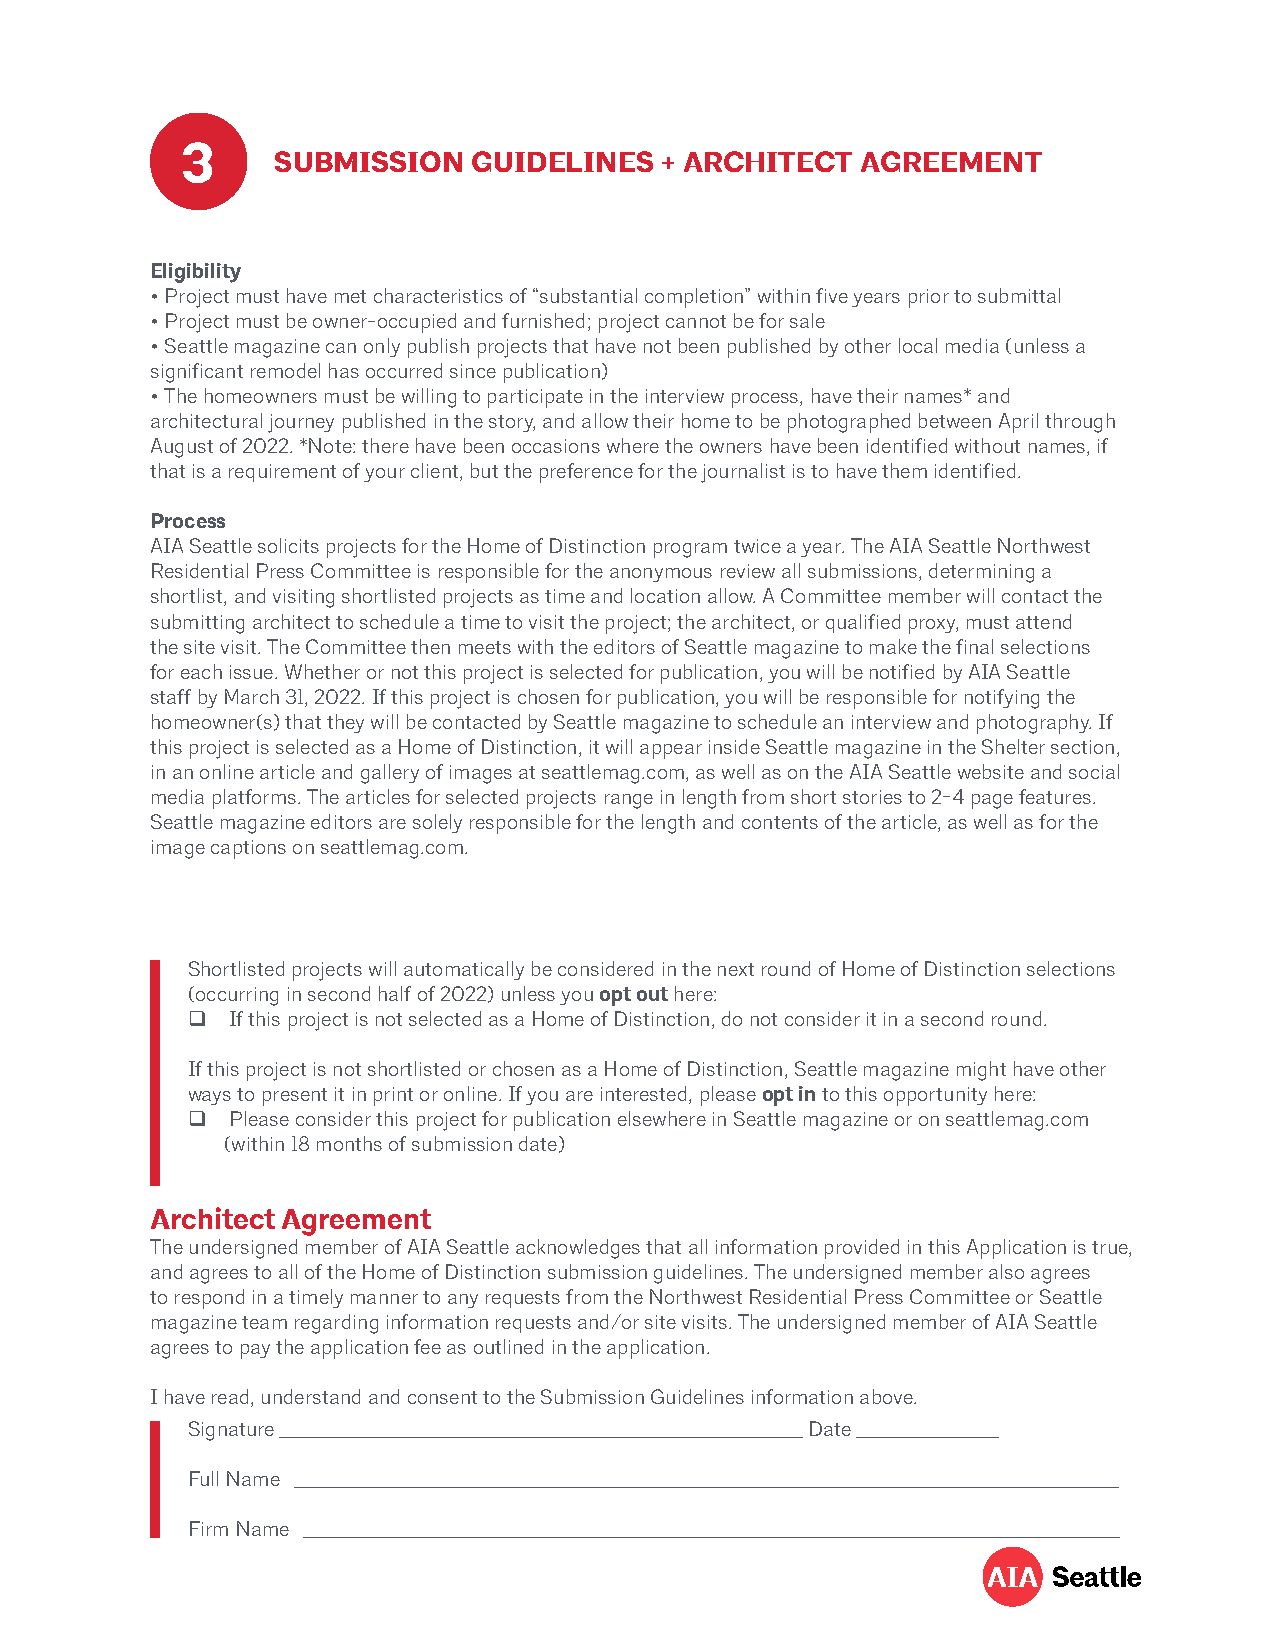
3
 SUBMISSION   GUIDELINES   + ARCHITECT  AGREEMENT
 Eligibility
 • Project must have met characteristics of “substantial completion” within five years prior to submittal
 • Project must be owner-occupied and furnished; project cannot be for sale
 • Seattle magazine can only publish projects that have not been published by other local media (unless a
 significant remodel has occurred since publication)
 • The homeowners must be willing to participate in the interview process, have their names* and
 architectural journey published in the story, and allow their home to be photographed between April through
 August of 2022. *Note: there have been occasions where the owners have been identified without names, if
 that is a requirement of your client, but the preference for the journalist is to have them identified.
 Process
 AIA Seattle solicits projects for the Home of Distinction program twice a year. The AIA Seattle Northwest
 Residential Press Committee is responsible for the anonymous review all submissions, determining a
 shortlist, and visiting shortlisted projects as time and location allow. A Committee member will contact the
 submitting architect to schedule a time to visit the project; the architect, or qualified proxy, must attend
 the site visit. The Committee then meets with the editors of Seattle magazine to make the final selections
 for each issue. Whether or not this project is selected for publication, you will be notified by AIA Seattle
 staff by March 31, 2022. If this project is chosen for publication, you will be responsible for notifying the
 homeowner(s) that they will be contacted by Seattle magazine to schedule an interview and photography. If
 this project is selected as a Home of Distinction, it will appear inside Seattle magazine in the Shelter section,
 in an online article and gallery of images at seattlemag.com, as well as on the AIA Seattle website and social
 media platforms. The articles for selected projects range in length from short stories to 2-4 page features.
 Seattle magazine editors are solely responsible for the length and contents of the article, as well as for the
 image captions on seattlemag.com.
 Shortlisted projects will automatically be considered in the next round of Home of Distinction selections
 (occurring in second half of 2022) unless you opt out here:
   If this project is not selected as a Home of Distinction, do not consider it in a second round.
 If this project is not shortlisted or chosen as a Home of Distinction, Seattle magazine might have other
 ways to present it in print or online. If you are interested, please opt in to this opportunity here:
   Please consider this project for publication elsewhere in Seattle magazine or on seattlemag.com
 (within 18 months of submission date)
 Architect Agreement
 The undersigned member of AIA Seattle acknowledges that all information provided in this Application is true,
 and agrees to all of the Home of Distinction submission guidelines. The undersigned member also agrees
 to respond in a timely manner to any requests from the Northwest Residential Press Committee or Seattle
 magazine team regarding information requests and/or site visits. The undersigned member of AIA Seattle
 agrees to pay the application fee as outlined in the application.
 I have read, understand and consent to the Submission Guidelines information above.
 Signature ___________________________________________________________ Date ________________
 Full Name _____________________________________________________________________________________________
 Firm Name ____________________________________________________________________________________________